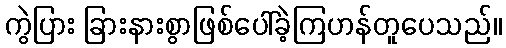
ကွဲပြား ခြားနားစွာဖြစ်ပေါ်ခဲ့ကြဟန်တူပေသည်။